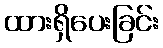
ထားရှိပေးခြင်း